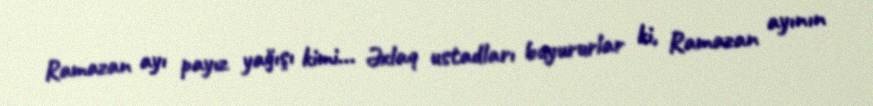
Ramazan ayı payız yağışı kimi... Əxlaq ustadları buyururlar ki, Ramazan ayının